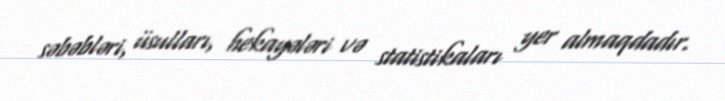
səbəbləri, üsulları, hekayələri və statistikaları yer almaqdadır.